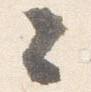
々